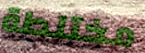
مختلطة